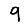
Digit: 9